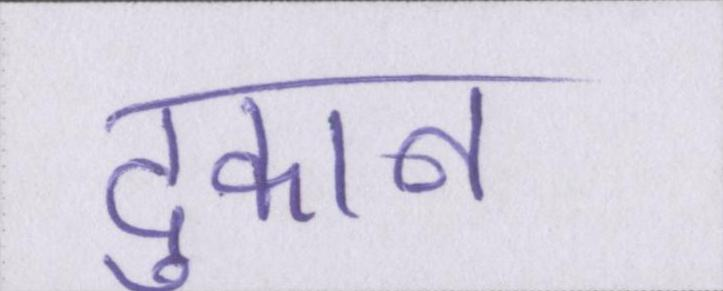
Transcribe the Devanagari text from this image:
दुकान